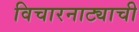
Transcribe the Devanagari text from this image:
विचारनाट्याची